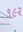
૧૯૨